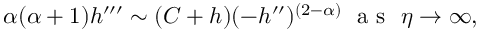
\alpha ( \alpha + 1 ) h ^ { \prime \prime \prime } \sim ( C + h ) ( - h ^ { \prime \prime } ) ^ { ( 2 - \alpha ) } ~ \textrm { a s } \ \eta \to \infty ,